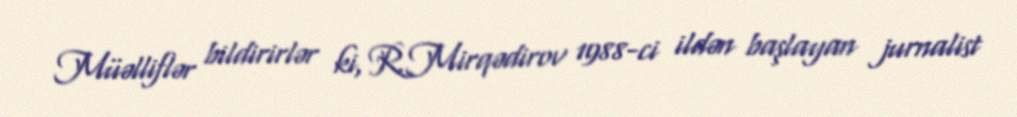
Müəlliflər bildirirlər ki, R.Mirqədirov 1988-ci ildən başlayan jurnalist